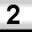
Digit: 2